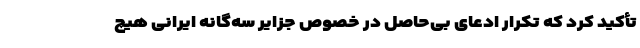
تأکید کرد که تکرار ادعای بی‌حاصل در خصوص جزایر سه‌گانه ایرانی هیچ